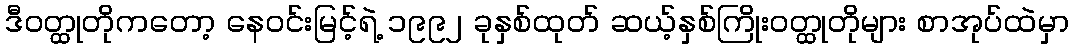
ဒီဝတ္ထုတိုကတော့ နေဝင်းမြင့်ရဲ့ ၁၉၉၂ ခုနှစ်ထုတ် ဆယ့်နှစ်ကြိုးဝတ္ထုတိုများ စာအုပ်ထဲမှာ